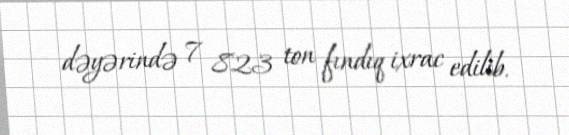
dəyərində 7 823 ton fındıq ixrac edilib.